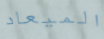
الميعاد